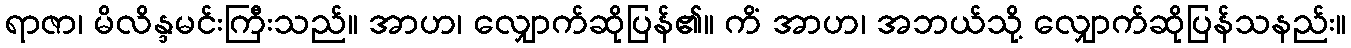
ရာဇာ၊ မိလိန္ဒမင်းကြီးသည်။ အာဟ၊ လျှောက်ဆိုပြန်၏။ ကိံ အာဟ၊ အဘယ်သို့ လျှောက်ဆိုပြန်သနည်း။